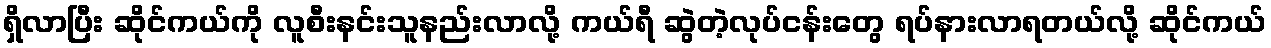
ရှိလာပြီး ဆိုင်ကယ်ကို လူစီးနင်းသူနည်းလာလို့ ကယ်ရီ ဆွဲတဲ့လုပ်ငန်းတွေ ရပ်နားလာရတယ်လို့ ဆိုင်ကယ်